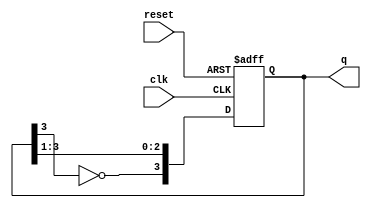
module johnson_counter #(parameter N = 4) (
    input wire clk,        // Clock signal
    input wire reset,      // Asynchronous reset signal
    output reg [N-1:0] q   // Output of the counter
);

    // Internal signal for the feedback mechanism
    wire feedback;

    // Assign the feedback as the inverted output of the last flip-flop
    assign feedback = ~q[N-1];

    // Always block for the Johnson counter operation
    always @(posedge clk or posedge reset) begin
        if (reset) begin
            // Initialize the counter to known state (all zeros)
            q <= 0;
        end else begin
            // Shift the state and apply feedback
            q <= {feedback, q[N-1:1]};
        end
    end
endmodule